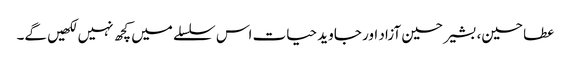
عطا حسین، بشیر حسین آزاد اور جاوید حیات اس سلسلے میں کچھ نہیں لکھیں گے۔